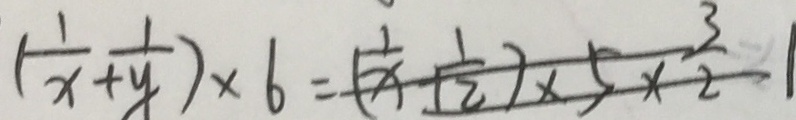
( \frac { 1 } { x } + \frac { 1 } { y } ) \times 6 = ( \frac { 1 } { x } + \frac { 1 } { 2 } ) \times 5 \times \frac { 3 } { 2 }